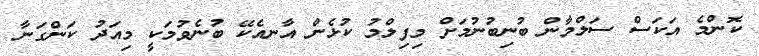
ކޮންމެ އަކަސް ސަލްމާން ބުނިބުނުމަށް މިފިލްމު ކުޅެން އާނއެކޭ ބުނެވުމަކީ މިއަދު ކަންގަނާ